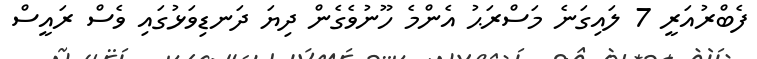
ފެބްރުއަރީ 7 ލައިގަނެ މަސްރަޙު އެންމެ ހޫނުވެގެން ދިޔަ ދަނޑިވަޅުގައި ވެސް ރައީސް